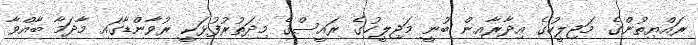
ރައްޔިތުންގެ މަޖިލީހުގެ އިދާރާއިން ބުނީ މަޖިލީހުގެ ރައީސްގެ މިދަތުރުފުޅަކީ ރުވާންޑާގައި މާދަމާ ބާއްވާ